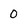
Character: 0